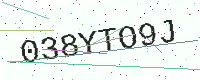
Text: 038YTO9J